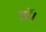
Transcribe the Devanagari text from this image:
डाॅ।